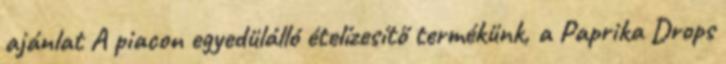
ajánlat A piacon egyedülálló ételízesítő termékünk, a Paprika Drops